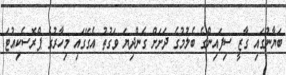
ބަޔާނުގައި ގާޒީ ސިފައިންގެ ބެލުމުގެ ދަށަށް ގެންދިޔަ ވަގުތު އެގޭގައި މިހާރުގެ ޕްރޮސެކިއުޓަ